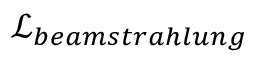
\mathcal { L } _ { b e a m s t r a h l u n g }